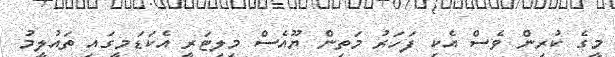
މީގެ ކުރިން ވެސް އެކި ފަހަރު މަތިން ޔޫއެސް މިިލިޓަރީ އެކަޑަމީގައި ތައުލީމު